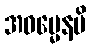
အဓမ္မေနပိ